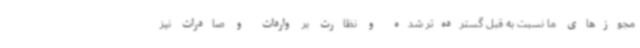
مجوزهای ما نسبت به قبل گسترده‌تر شده و نظارت بر واردات و صادرات نیز